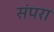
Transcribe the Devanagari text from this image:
संपरा